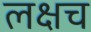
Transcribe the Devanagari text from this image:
लक्षच